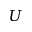
U